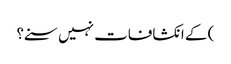
) کے انکشافات نہیں سنے؟